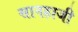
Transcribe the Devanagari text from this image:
सानहाजी